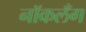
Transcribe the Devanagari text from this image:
नॉकलँग